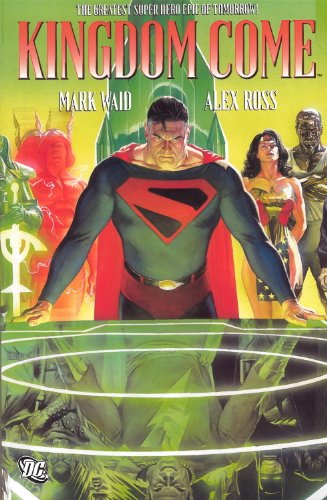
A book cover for Kingdom Come; Mark Waid; Comics & Graphic Novels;